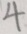
4